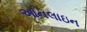
ઑનલાઇન